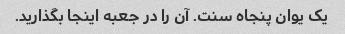
یک یوان پنجاه سنت. آن را در جعبه اینجا بگذارید.